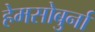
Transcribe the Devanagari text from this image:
हेमसोबुर्ना